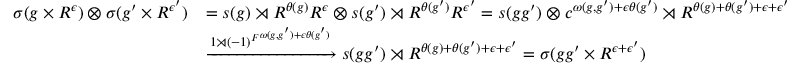
\begin{array} { r l } { \sigma ( g \times R ^ { \epsilon } ) \otimes \sigma ( g ^ { \prime } \times R ^ { \epsilon ^ { \prime } } ) } & { = s ( g ) \rtimes R ^ { \theta ( g ) } R ^ { \epsilon } \otimes s ( g ^ { \prime } ) \rtimes R ^ { \theta ( g ^ { \prime } ) } R ^ { \epsilon ^ { \prime } } = s ( g g ^ { \prime } ) \otimes c ^ { \omega ( g , g ^ { \prime } ) + \epsilon \theta ( g ^ { \prime } ) } \rtimes R ^ { \theta ( g ) + \theta ( g ^ { \prime } ) + \epsilon + \epsilon ^ { \prime } } } \\ & { \xrightarrow { 1 \rtimes { ( - 1 ) ^ { F } } ^ { \omega ( g , g ^ { \prime } ) + \epsilon \theta ( g ^ { \prime } ) } } s ( g g ^ { \prime } ) \rtimes R ^ { \theta ( g ) + \theta ( g ^ { \prime } ) + \epsilon + \epsilon ^ { \prime } } = \sigma ( g g ^ { \prime } \times R ^ { \epsilon + \epsilon ^ { \prime } } ) } \end{array}